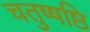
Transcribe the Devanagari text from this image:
चतुष्षष्ठि